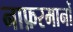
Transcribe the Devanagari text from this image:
नाफ़रमानों